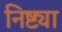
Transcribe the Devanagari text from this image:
निष्ट्या